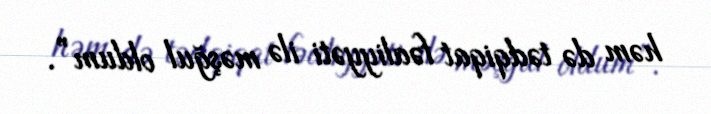
həm də tədqiqat fəaliyyəti ilə məşğul oldum”.